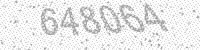
Solution: 648064